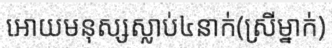
អោយមនុស្សស្លាប់៤នាក់(ស្រីម្នាក់)